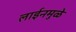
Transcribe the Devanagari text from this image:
लाईनमुळे